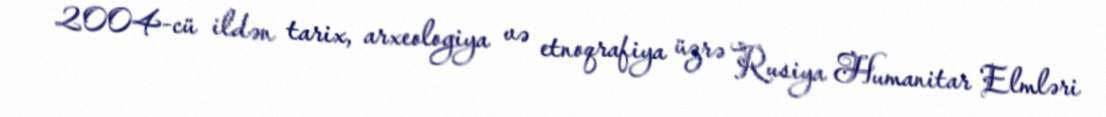
2004-cü ildən tarix, arxeologiya və etnoqrafiya üzrə Rusiya Humanitar Elmləri